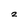
Character: 2